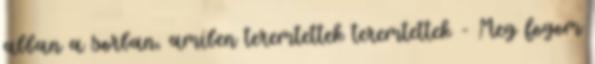
abban a sorban, amiben teremtettek teremtettek - Meg fogom